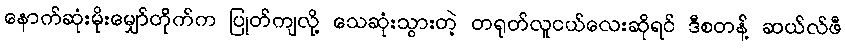
နောက်ဆုံးမိုးမျှော်တိုက်က ပြုတ်ကျလို့ သေဆုံးသွားတဲ့ တရုတ်လူငယ်လေးဆိုရင် ဒီစတန့် ဆယ်လ်ဖီ